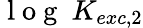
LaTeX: \mathrm{~l~o~g~}~K_{exc,2}